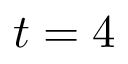
t = 4